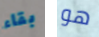
بقاء هو